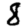
Digit: 8